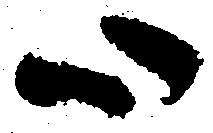
心